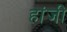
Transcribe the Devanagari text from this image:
हांजी